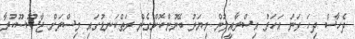
ދެހާސް ދިހަ ވަނަ އަހަރު އިސްރާއީލުން މިޔަރު ބޭނުންކޮށްގެން ރަތްކަނޑުގައި މިސްރަށް ޖާސޫސޫކުރާ